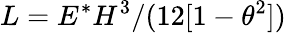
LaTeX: L=E^{*}H^{3}/(12[1-\theta^{2}])